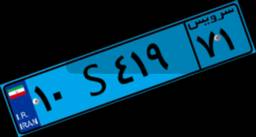
۱۰S۴۱۹۷۱